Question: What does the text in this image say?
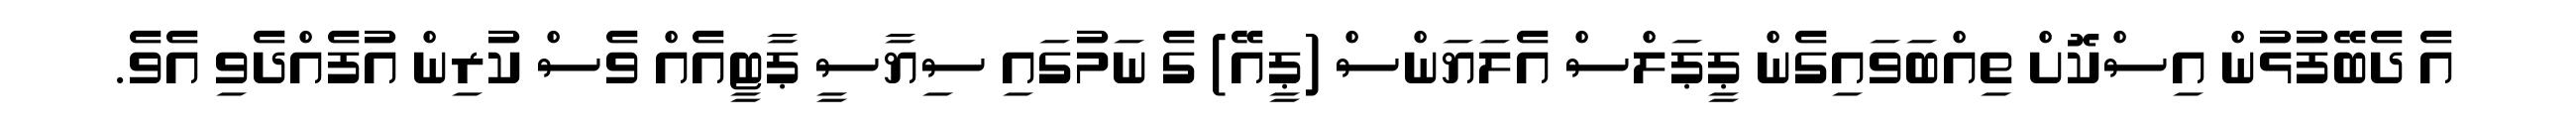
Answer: އެ ދެބޭފުޅުން އިސްކޮށް ތިއްބަވައިގެން ޕީޕަލްސް އެލަޔަންސް (ޕީއޭ) ގެ ނަމުގައި ސިޔާސީ ޕާޓީއެއް ވެސް ކުރިން އުފެއްދެވި އެވެ.